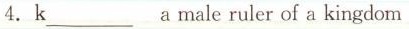
4.k___a male ruler of a king dom